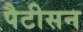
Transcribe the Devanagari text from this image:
पैटीसन